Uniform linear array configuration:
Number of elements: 8
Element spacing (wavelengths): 0.5
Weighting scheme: exponential
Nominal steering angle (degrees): -30
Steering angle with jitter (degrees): -28.775
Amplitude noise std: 0.05
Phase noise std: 0.05

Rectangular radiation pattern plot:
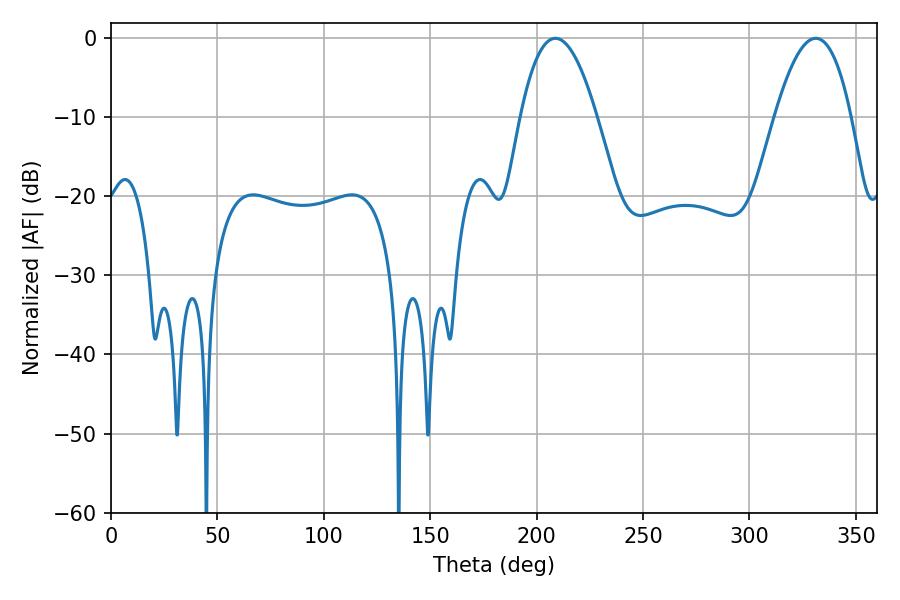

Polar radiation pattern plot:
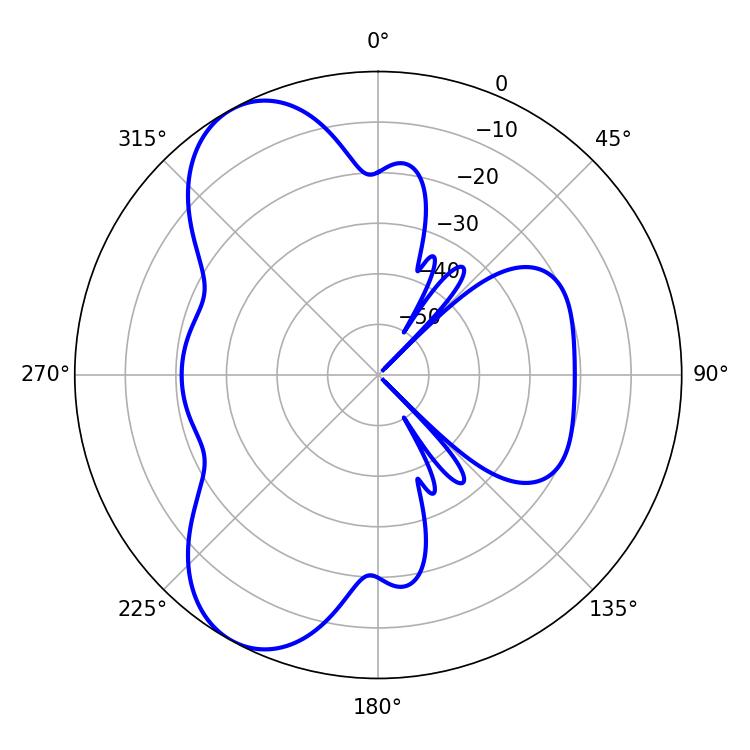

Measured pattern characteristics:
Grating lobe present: FALSE
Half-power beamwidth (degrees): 19.8
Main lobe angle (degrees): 208.8